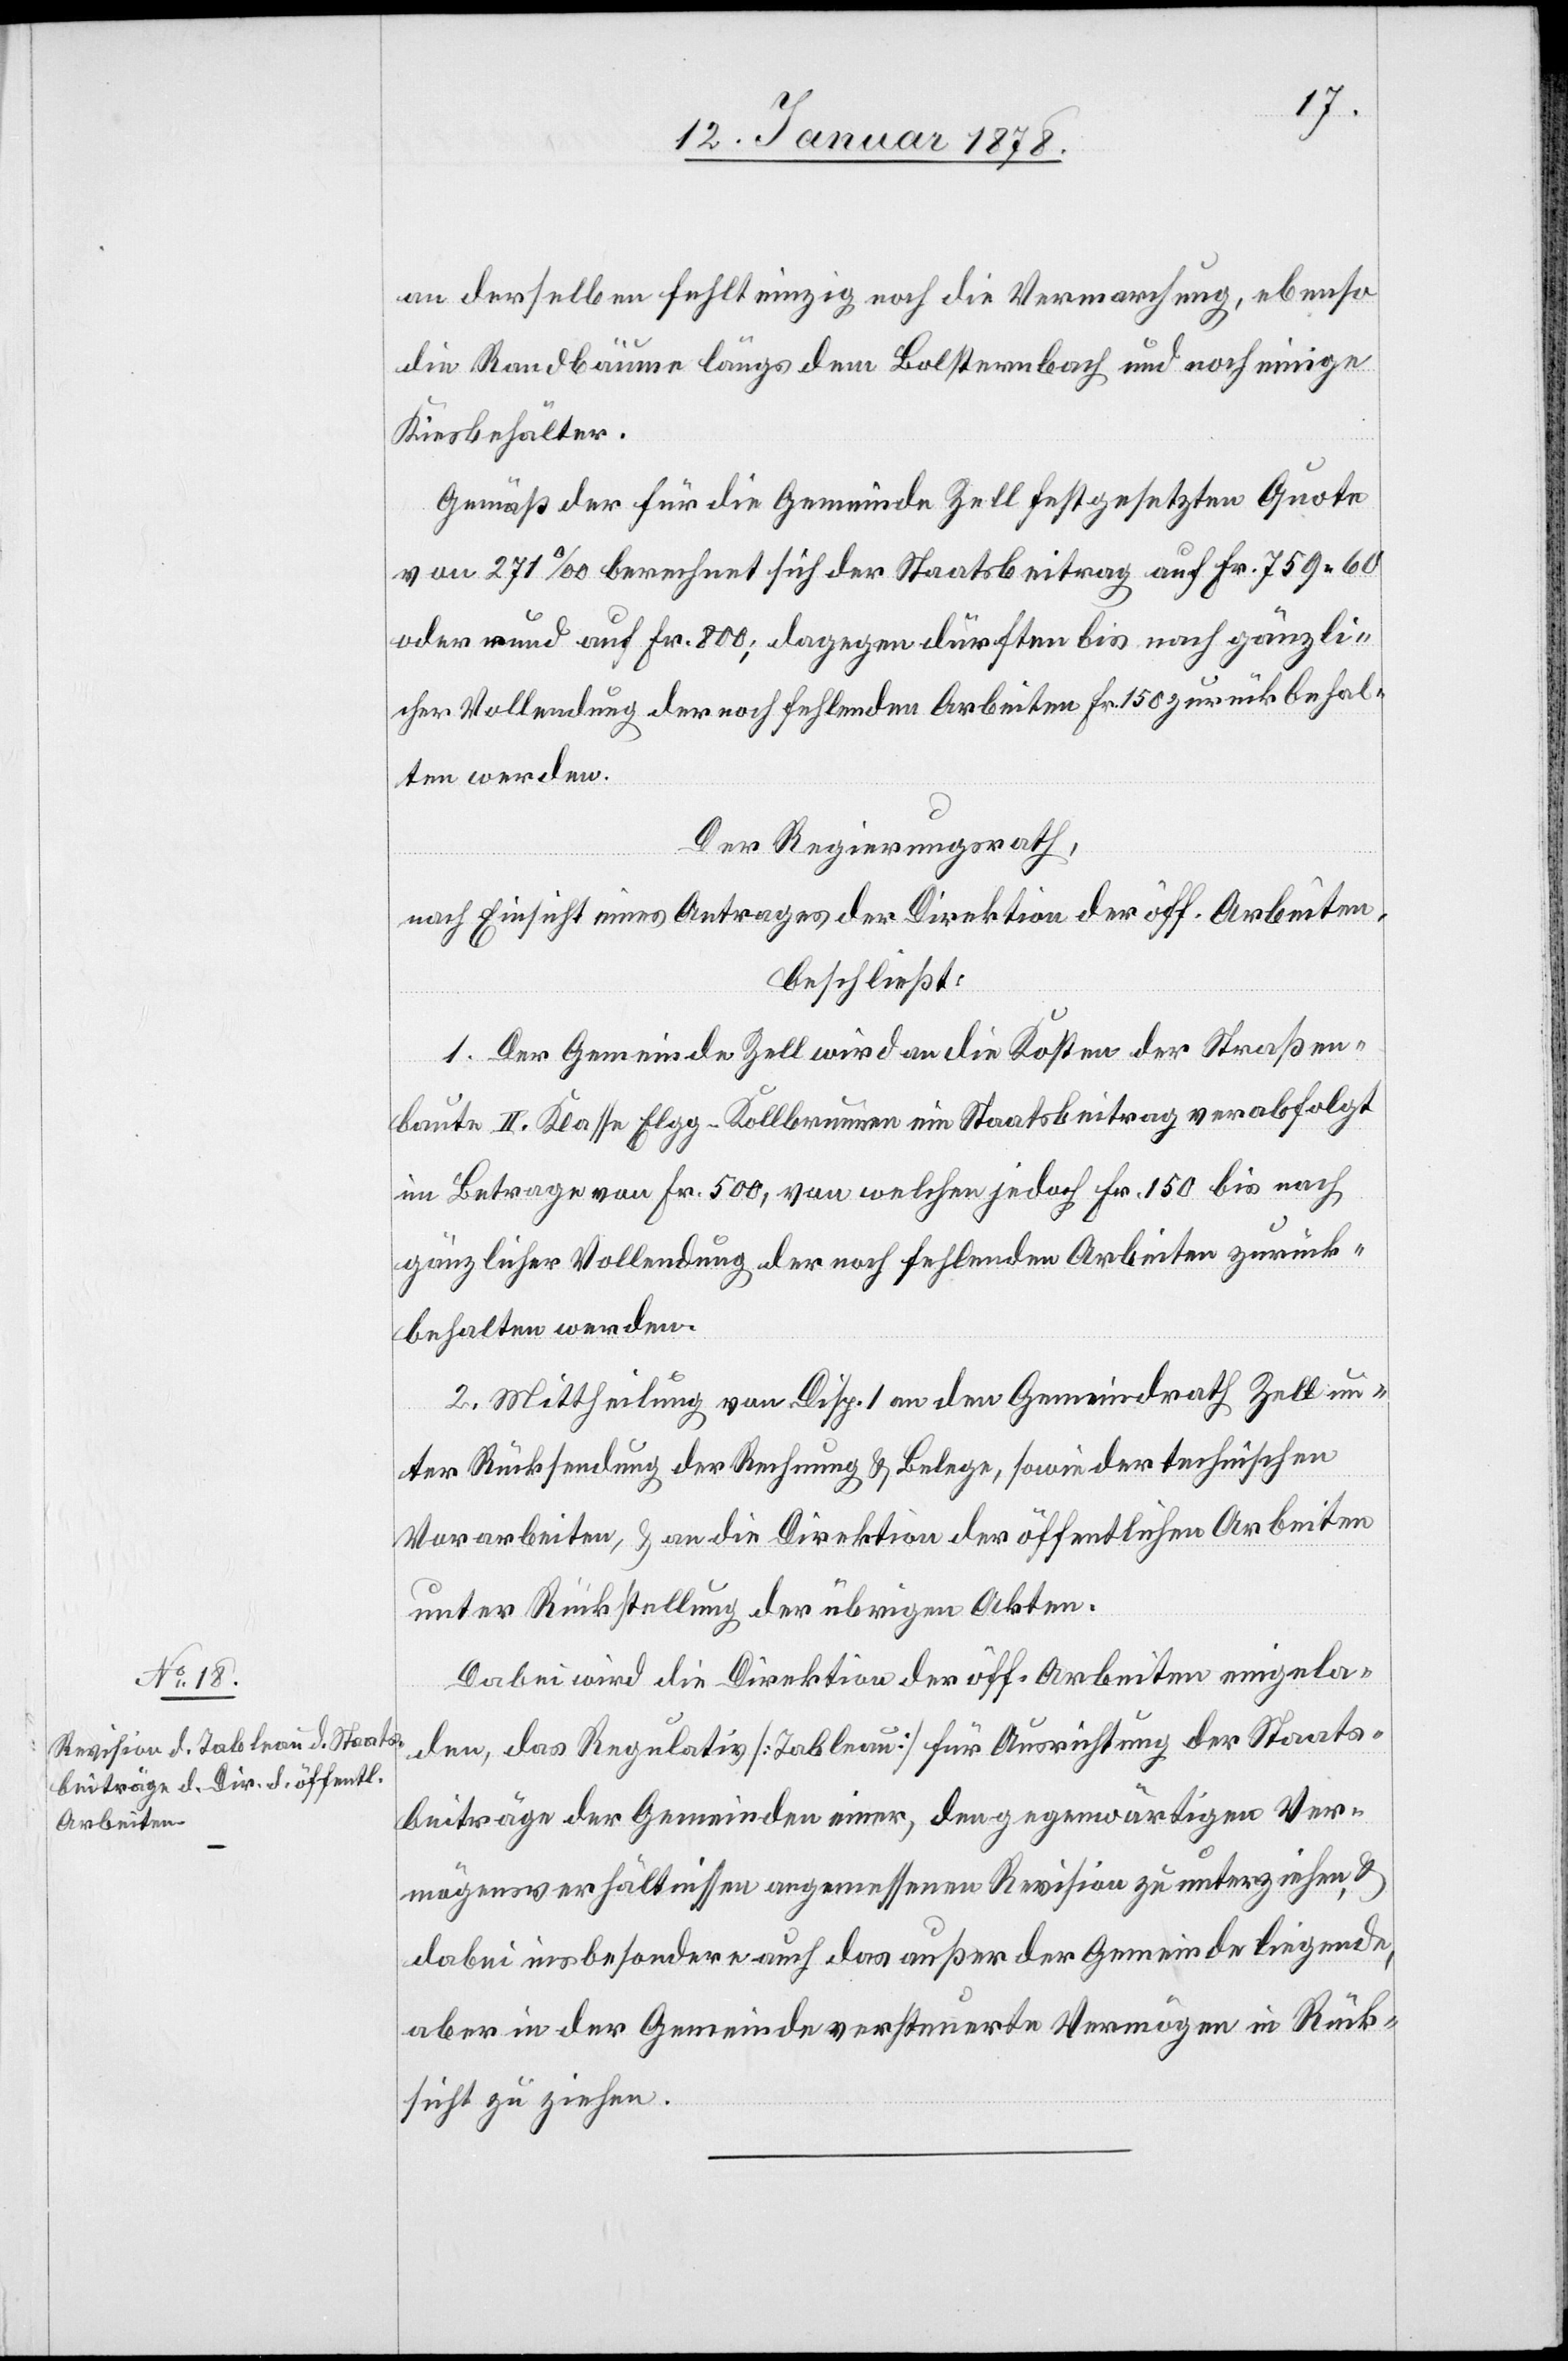
an derselben fehlt einzig noch die Vermarchung, ebenso
die Randbäume längs dem Bolternbach und noch einige
Kiesbehälter.
Gemäß der für die Gemeinde Zell festgesetzten Quote
von 271‰ berechnet sich der Staatsbeitrag auf Fr. 759.60
oder auf Fr. 800; dagegen dürften bis nach gänzli¬
cher Vollendung der noch fehlenden Arbeiten Fr. 150 zurückbehal¬
ten werden.
Der Regierungsrath,
nach Einsicht eines Antrages der Direktion der öff. Arbeiten,
beschließt:
1. Der Gemeinde Zell wird an die Kosten der Straßen¬
baute II Klasse Elgg–Kollbrunnen ein Staatsbeitrag verabfolgt
im Betrage von Fr. 500, von welchen jedoch Fr. 150 bis nach
gänzlicher Vollendung der noch fehlenden Arbeiten zurück¬
behalten werden.
2. Mittheilung von Disp. I an den Gemeindrath Zell un¬
ter Rücksendung der Rechnung & Belege, sowie der technischen
Vorarbeiten, & an die Direktion der öffentlichen Arbeiten
unter Rückstellung der übrigen Akten.
Dabei wird die Direktion der öffentlichen Arbeiten eingela¬
den, das Regulativ [Tableau] für Ausrichtung der Staats¬
beiträge der Gemeinden einer, den gegenwärtigen Ver¬
mögensverhältnissen angemessenen Revision zu unterziehen, &
dabei insbesondere auch das außer der Gemeinde liegende,
aber in der Gemeinde versteuerte Vermögen in Rück¬
sicht zu ziehen.